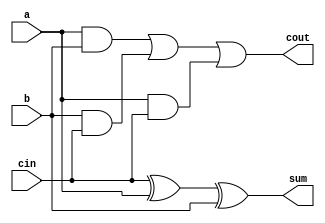
module Full_adder(a,b,cin,sum,cout);
  output sum,cout;
  input a,b,cin;
  wire c,d,e;
  xor x1(sum,cin,a,b);
  and x2(c,a,b);
  and x3(d,b,cin);
  and x4(e,a,cin);
  or x5(cout,c,d,e);
endmodule